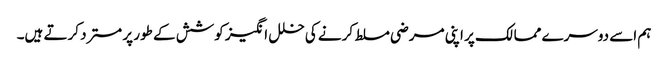
ہم اسے دوسرے ممالک پر اپنی مرضی مسلط کرنے کی خلل انگیز کوشش کے طور پر مسترد کرتے ہیں۔